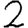
Digit: 2